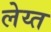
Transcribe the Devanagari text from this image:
लेय्त